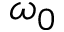
\omega _ { 0 }